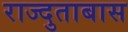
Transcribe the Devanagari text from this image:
राज्दुताबास